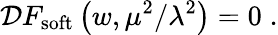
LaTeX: {\cal D}F_{\mathrm{soft}}\left(w,\mu^{2}/\lambda^{2}\right)=0\; .